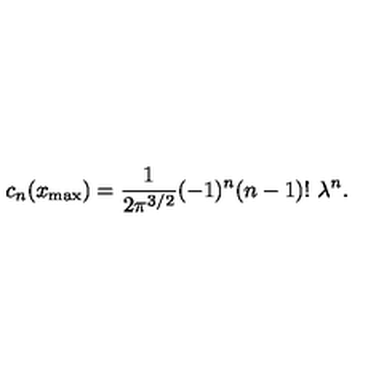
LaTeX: c _ { n } ( x _ { \mathrm { m a x } } ) = { \frac { 1 } { 2 \pi ^ { 3 / 2 } } } ( - 1 ) ^ { n } ( n - 1 ) ! \ \lambda ^ { n } .